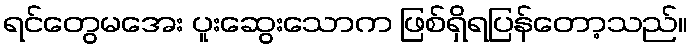
ရင်တွေမအေး ပူးဆွေးသောက ဖြစ်ရှိရပြန်တော့သည်။